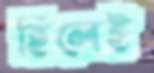
হিলেই